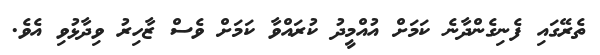
ތެރޭގައި ފެނިގެންދާނެ ކަމަށް އުއްމީދު ކުރައްވާ ކަަމަށް ވެސް ޒާހިރު ވިދާޅުވި އެވެ.